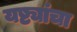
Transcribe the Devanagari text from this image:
यष्ट्यांचा